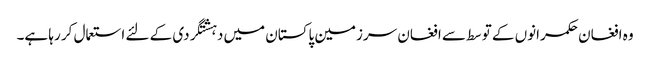
وہ افغان حکمرانوں کے توسط سے افغان سرزمین پاکستان میں دہشتگردی کے لئے استعمال کر رہا ہے۔